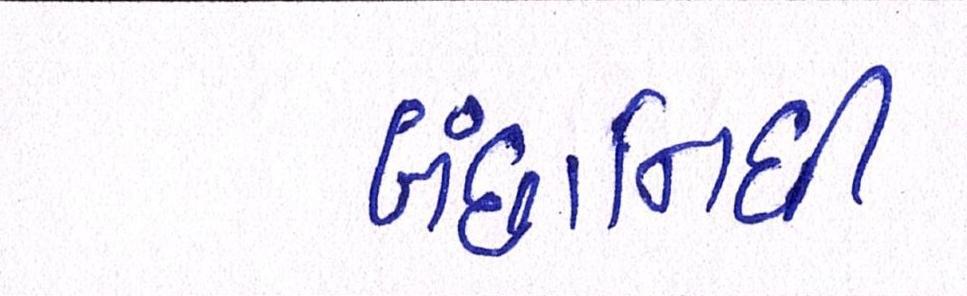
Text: બંછાનિધી